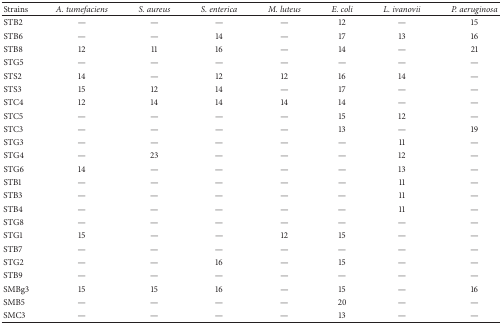
| Strains | A. tumefaciens | S. aureus | S. enterica | M. luteus | E. coli | L. ivanovii | P. aeruginosa |
 | --- | --- | --- | --- | --- | --- | --- | --- |
 | STB2 | — | — | — | — | 12 | — | 15 |
 | STB6 | — | — | 14 | — | 17 | 13 | 16 |
 | STB8 | 12 | 11 | 16 | — | 14 | — | 21 |
 | STG5 | — | — | — | — | — | — | — |
 | STS2 | 14 | — | 12 | 12 | 16 | 14 | — |
 | STS3 | 15 | 12 | 14 | — | 17 | — | — |
 | STC4 | 12 | 14 | 14 | 14 | 14 | — | — |
 | STC5 | — | — | — | — | 15 | 12 | — |
 | STC3 | — | — | — | — | 13 | — | 19 |
 | STG3 | — | — | — | — | — | 11 | — |
 | STG4 | — | 23 | — | — | — | 12 | — |
 | STG6 | 14 | — | — | — | — | 13 | — |
 | STB1 | — | — | — | — | — | 11 | — |
 | STB3 | — | — | — | — | — | 11 | — |
 | STB4 | — | — | — | — | — | 11 | — |
 | STG8 | — | — | — | — | — | — | — |
 | STG1 | 15 | — | — | 12 | 15 | — | — |
 | STB7 | — | — | — | — | — | — | — |
 | STG2 | — | — | 16 | — | 15 | — | — |
 | STB9 | — | — | — | — | — | — | — |
 | SMBg3 | 15 | 15 | 16 | — | 15 | — | 16 |
 | SMB5 | — | — | — | — | 20 | — | — |
 | SMC3 | — | — | — | — | 13 | — | — |